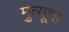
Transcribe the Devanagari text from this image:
मृुत्यूचा